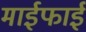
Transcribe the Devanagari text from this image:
माईफाई